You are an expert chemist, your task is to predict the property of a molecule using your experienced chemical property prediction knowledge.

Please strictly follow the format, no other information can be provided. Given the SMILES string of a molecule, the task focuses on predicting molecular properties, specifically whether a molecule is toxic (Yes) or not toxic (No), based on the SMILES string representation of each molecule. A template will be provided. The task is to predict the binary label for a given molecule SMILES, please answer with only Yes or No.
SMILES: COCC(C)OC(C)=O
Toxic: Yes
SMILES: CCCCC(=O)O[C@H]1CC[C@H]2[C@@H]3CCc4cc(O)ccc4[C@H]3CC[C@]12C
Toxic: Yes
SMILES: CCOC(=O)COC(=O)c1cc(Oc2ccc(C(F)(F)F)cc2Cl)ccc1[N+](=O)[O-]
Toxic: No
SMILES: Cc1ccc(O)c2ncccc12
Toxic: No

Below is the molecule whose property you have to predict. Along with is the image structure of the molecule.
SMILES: BrCc1ccc(Br)cc1
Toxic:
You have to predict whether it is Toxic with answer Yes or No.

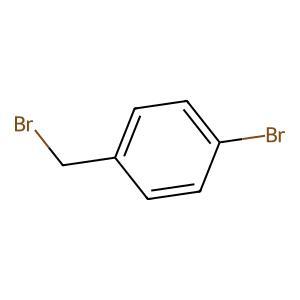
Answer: No